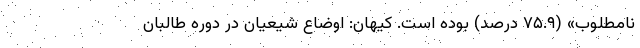
نامطلوب» (۷۵.۹ درصد) بوده است. کیهان: اوضاع شیعیان در دوره طالبان